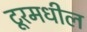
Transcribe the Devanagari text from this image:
टूरमधील